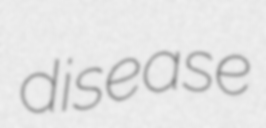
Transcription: disease